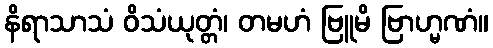
နိရာသာသံ ဝိသံယုတ္တံ၊ တမဟံ ဗြူမိ ဗြာဟ္မဏံ။